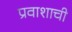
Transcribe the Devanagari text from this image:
प्रवाशाची